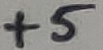
Text: +5